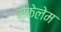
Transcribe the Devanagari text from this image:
मैकेलेम